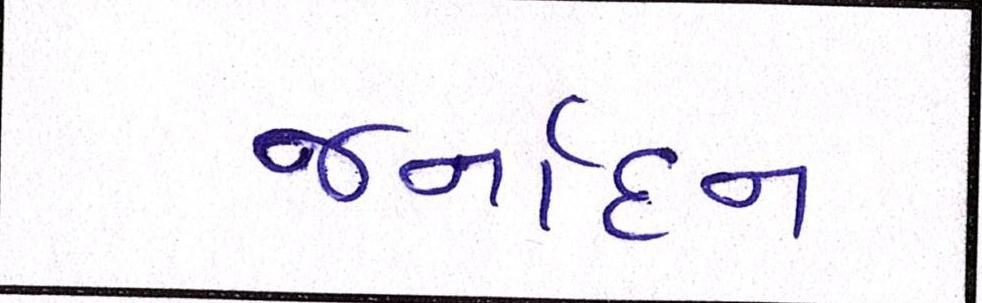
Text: જર્નાદન